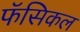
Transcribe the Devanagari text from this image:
फॅसिकल